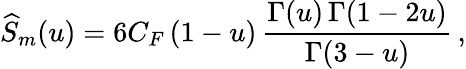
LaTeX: \widehat S_{m}(u)=6C_{F}\, (1-u)\, {\frac{\Gamma(u)\, \Gamma(1-2u)}{\Gamma(3-u)}}\, ,